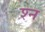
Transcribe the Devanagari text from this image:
श्‍न